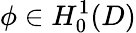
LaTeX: \phi\in H_{0}^{1}(D)